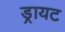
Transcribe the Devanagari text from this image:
ड्रायट